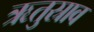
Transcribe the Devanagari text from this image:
ऋतुस्राव